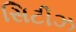
સિટીઝ